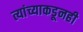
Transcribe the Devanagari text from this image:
त्यांच्याकडूनही